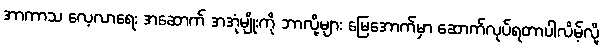
အာကာသ လေ့လာရေး အဆောက် အအုံမျိုးကို ဘာလို့များ မြေအောက်မှာ ဆောက်လုပ်ရတာပါလိမ့်လို့